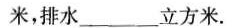
米，排水_______立方米。